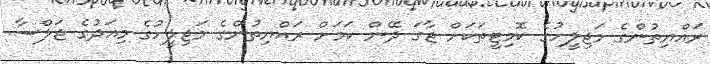
ރައްޔިތުންގެ މަޖިލީހުގެ ކޮމިޓީތަކަށް ޖާގަ ދޭން ކަމަށް ރައްޔިތުންގެ މަޖިލީހުގެ މިއަދުގެ ޖަލްސާ